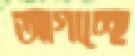
আগাচ্ছে